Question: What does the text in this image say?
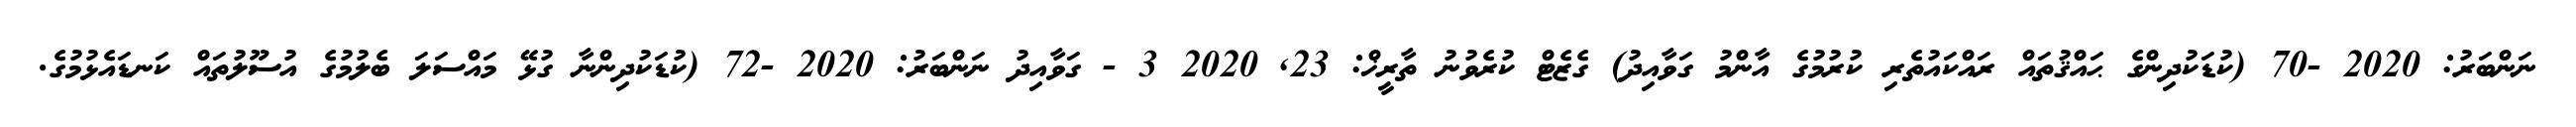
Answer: ނަންބަރު: 2020 -70 (ކުޑަކުދިންގެ ޙައްޤުތައް ރައްކައުތެރި ކުރުމުގެ އާންމު ގަވާއިދު) ގެޒެޓް ކުރެވުނު ތާރީޚް: 23, 2020 3 - ގަވާއިދު ނަންބަރު: 2020 -72 (ކުޑަކުދިންނާ ގުޅޭ މައްސަލަ ބެލުމުގެ އުސޫލުތައް ކަނޑައެޅުމުގެ.